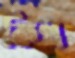
কিথ